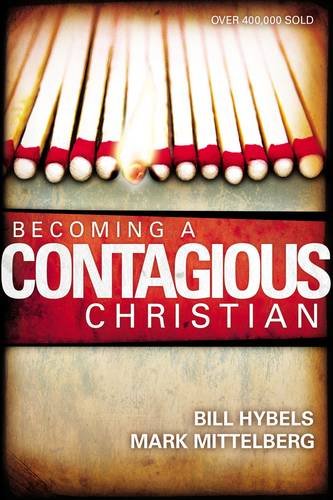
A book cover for Becoming a Contagious Christian; Bill Hybels; Christian Books & Bibles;